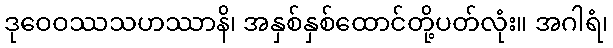
ဒုဝေဝဿသဟဿာနိ၊ အနှစ်နှစ်ထောင်တို့ပတ်လုံး။ အဂါရံ၊